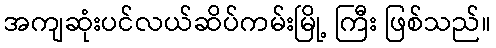
အကျဆုံးပင်လယ်ဆိပ်ကမ်းမြို့ ကြီး ဖြစ်သည်။